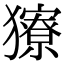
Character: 𤢸